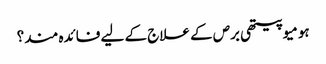
ہومیوپیتھی برص کے علاج کے لیے فائدہ مند؟